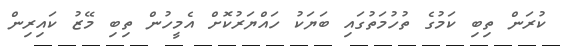
ކުރަން ތިބި ކަމުގެ ތުހުމަތުގައި ބަޔަކު ހައްޔަރުކޮށް އެމީހުން ތިބި މޭޒު ކައިރިން